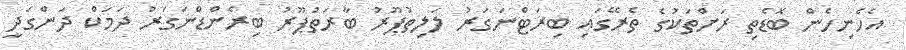
އެހެނިހެން ބޮޑެތި ރަށްތަކުގެ ތެރޭގައި ބިރަޓްނަގަރު ލަލިތުޕޫރު ބާރަތުޕޫރު ބިރެންޑްނަގަރު ދަމަކް ދަންގަދީ